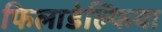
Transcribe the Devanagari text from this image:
फिलाडेल्‍फिया